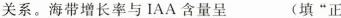
关系。海带增长率与IAA含量呈___(填”正